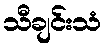
သီချင်းသံ